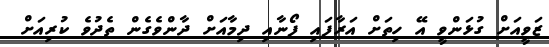
ޒަވީއަށް ގުޅަންވީ އޭ ހިތަށް އަރާފައި ފޯނާއި ދިމާއަށް ދާންވެގެން ތެދުވެ ކުރިއަށް